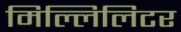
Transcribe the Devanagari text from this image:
मिल्लिलिटर